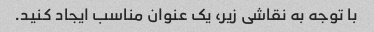
با توجه به نقاشی زیر، یک عنوان مناسب ایجاد کنید.